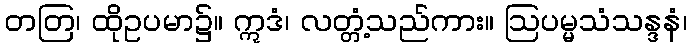
တတြ၊ ထိုဥပမာ၌။ ဣဒံ၊ လတ္တံ့သည်ကား။ ဩပမ္မသံသန္ဒနံ၊